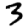
Digit: 3